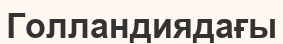
Голландиядағы